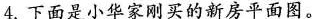
4.下面是小华家刚买的新房平面图。